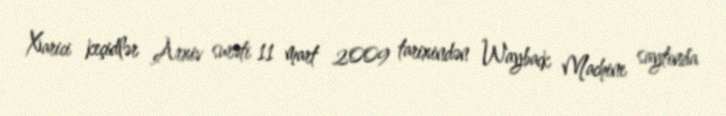
Xarici keçidlər Arxiv surəti 11 mart 2009 tarixindən Wayback Machine saytında